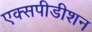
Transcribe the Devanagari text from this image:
एक्सपीडीशन